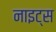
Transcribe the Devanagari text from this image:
नाइट्‌स